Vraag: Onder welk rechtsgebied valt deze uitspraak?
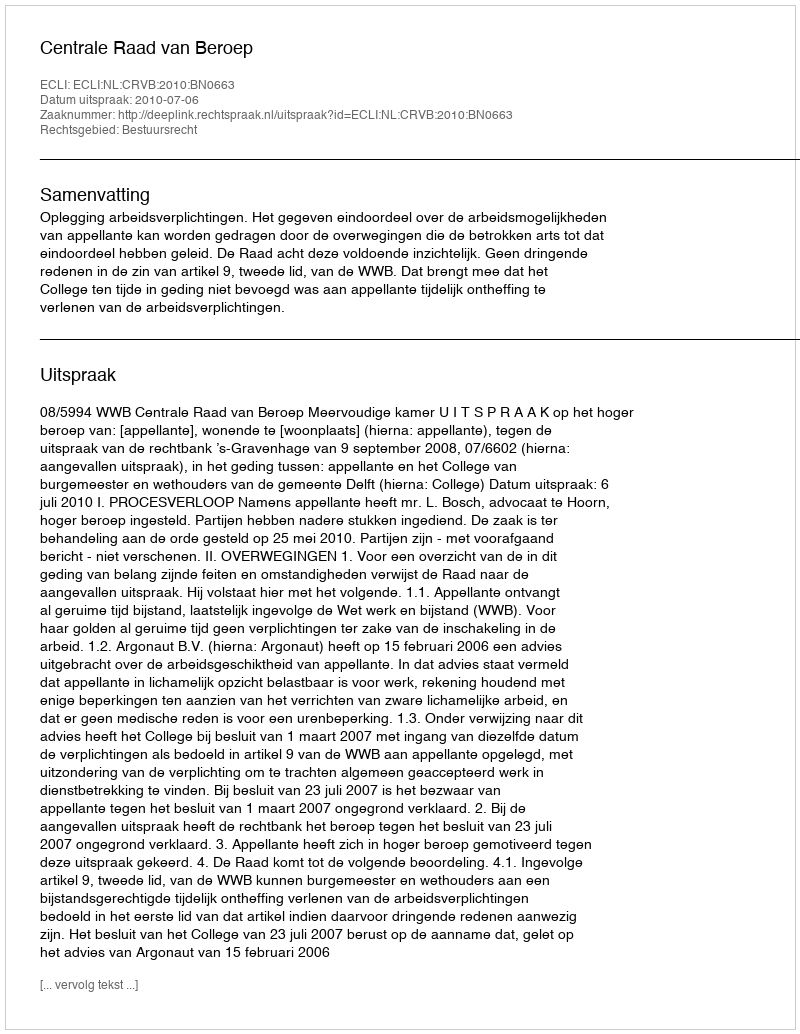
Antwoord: Bestuursrecht